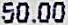
50.00